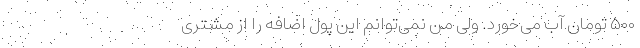
۵۰۰ تومان آب می‌خورد. ولی من نمی‌توانم این پول اضافه را از مشتری